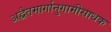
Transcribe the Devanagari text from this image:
अद्वैतमार्गानुगामीसाधक